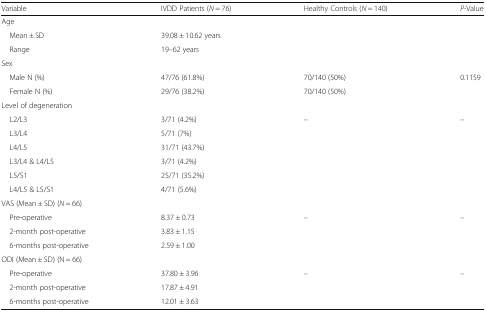
<table><thead><tr><td><b>Variable</b></td><td><b>IVDD Patients (<i>N</i> = 76)</b></td><td><b>Healthy Controls (<i>N</i> = 140)</b></td><td><b><i>P</i>-Value</b></td></tr></thead><tbody><tr><td colspan="4">Age</td></tr><tr><td> Mean ± SD</td><td>39.08 ± 10.62 years</td><td></td><td></td></tr><tr><td> Range</td><td>19–62 years</td><td></td><td></td></tr><tr><td colspan="4">Sex</td></tr><tr><td> Male N (%)</td><td>47/76 (61.8%)</td><td>70/140 (50%)</td><td>0.1159</td></tr><tr><td> Female N (%)</td><td>29/76 (38.2%)</td><td>70/140 (50%)</td><td></td></tr><tr><td colspan="4">Level of degeneration</td></tr><tr><td> L2/L3</td><td>3/71 (4.2%)</td><td rowspan="6">–</td><td rowspan="6">–</td></tr><tr><td> L3/L4</td><td>5/71 (7%)</td></tr><tr><td> L4/L5</td><td>31/71 (43.7%)</td></tr><tr><td> L3/L4 &amp; L4/L5</td><td>3/71 (4.2%)</td></tr><tr><td> L5/S1</td><td>25/71 (35.2%)</td></tr><tr><td> L4/L5 &amp; L5/S1</td><td>4/71 (5.6%)</td></tr><tr><td colspan="4">VAS (Mean ± SD) (<i>N</i> = 66)</td></tr><tr><td> Pre-operative</td><td>8.37 ± 0.73</td><td rowspan="3">–</td><td rowspan="3">–</td></tr><tr><td> 2-month post-operative</td><td>3.83 ± 1.15</td></tr><tr><td> 6-months post-operative</td><td>2.59 ± 1.00</td></tr><tr><td colspan="4">ODI (Mean ± SD) (N = 66)</td></tr><tr><td> Pre-operative</td><td>37.80 ± 3.96</td><td rowspan="3">–</td><td rowspan="3">–</td></tr><tr><td> 2-month post-operative</td><td>17.87 ± 4.91</td></tr><tr><td> 6-months post-operative</td><td>12.01 ± 3.63</td></tr></tbody></table>